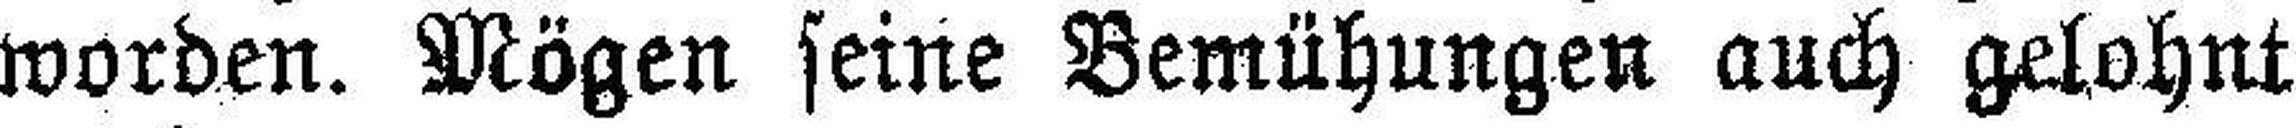
worden. Mögen seine Bemühungen auch gelohnt